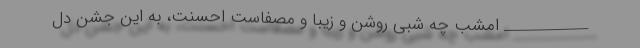
____________ امشب چه شبی روشن و زیبا و مصفاست احسنت، به این جشن دل